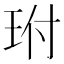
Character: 𤤕